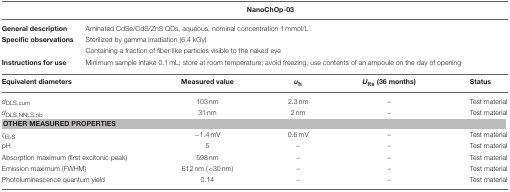
<table><thead><tr><td>[EMPTY_CELL]</td><td colspan="4"><b>NanoChOp-03</b></td></tr></thead><tbody><tr><td><b>General description</b></td><td colspan="4">Aminated CdSe/CdS/ZnS QDs, aqueous, nominal concentration 1 mmol/L</td></tr><tr><td><b>Specific observations</b></td><td colspan="4">Sterilized by gamma irradiation (6.4 kGy)</td></tr><tr><td>[EMPTY_CELL]</td><td colspan="4">Containing a fraction of fiber-like particles visible to the naked eye</td></tr><tr><td><b>Instructions for use</b></td><td colspan="4">Minimum sample intake 0.1 mL; store at room temperature; avoid freezing; use contents of an ampoule on the day of opening</td></tr><tr><td><b>Equivalent diameters</b></td><td><b>Measured value</b></td><td><b><i>u</i><sub>h</sub></b></td><td><b><i>U</i><sub>lts</sub> (36 months)</b></td><td><b>Status</b></td></tr><tr><td><i>d</i><sub>DLS, cum</sub></td><td>103 nm</td><td>2.3 nm</td><td>–</td><td>Test material</td></tr><tr><td><i>d</i><sub>DLS, NNLS, nb</sub></td><td>31 nm</td><td>2 nm</td><td>–</td><td>Test material</td></tr><tr><td colspan="5"><b>OTHER MEASURED PROPERTIES</b></td></tr><tr><td>ζ<sub>ELS</sub></td><td>−1.4 mV</td><td>0.6 mV</td><td>–</td><td>Test material</td></tr><tr><td>pH</td><td>5</td><td>–</td><td>–</td><td>Test material</td></tr><tr><td>Absorption maximum (first excitonic peak)</td><td>598 nm</td><td>–</td><td>–</td><td>Test material</td></tr><tr><td>Emission maximum (FWHM)</td><td>612 nm (&lt;30 nm)</td><td>–</td><td>–</td><td>Test material</td></tr><tr><td>Photoluminescence quantum yield</td><td>0.14</td><td>–</td><td>–</td><td>Test material</td></tr></tbody></table>